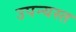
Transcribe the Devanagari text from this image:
उपन्यस्त